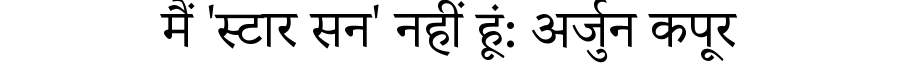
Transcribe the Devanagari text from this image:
मैं 'स्टार सन' नहीं हूं: अर्जुन कपूर